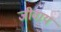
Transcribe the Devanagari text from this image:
जीवाय